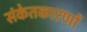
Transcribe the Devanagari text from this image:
संकेतकारणों